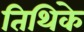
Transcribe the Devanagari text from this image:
तिथिके